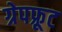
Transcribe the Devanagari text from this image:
ग्रेपफ़्रूट